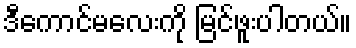
ဒီကောင်မလေးကို မြင်ဖူးပါတယ်။